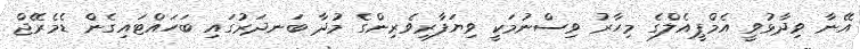
އޭނާ ވިދާޅުވީ އެމްޕީއެލްގެ މިހާރު ވިސްނުމަކީ ވިޔަފާރިވެރިންގެ މުދާ ބަނދަރުގައި ބަހައްޓައިގެން ޑެމެރޭޖް